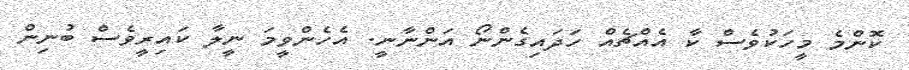
ކޮންމެ މީހަކުވެސް ކާ އެއްޗެއް ހަދައިގެންނޯ އަންނާނީ. އެހެންވީމަ ނީލާ ކައިރީވެސް ބުނިން